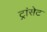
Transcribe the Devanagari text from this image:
ट्रांसेट